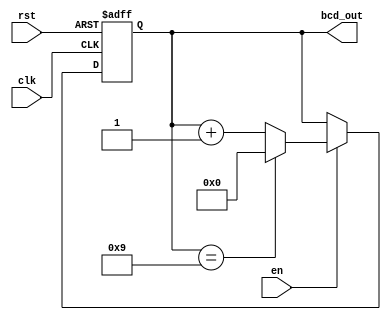
module bcd_counter (
    input wire clk,        // Clock signal
    input wire rst,        // Asynchronous reset
    input wire en,         // Enable signal
    output reg [3:0] bcd_out // 4-bit BCD output
);

// BCD Counter Logic
always @(posedge clk or posedge rst) begin
    if (rst) begin
        // Asynchronous reset
        bcd_out <= 4'b0000;
    end else if (en) begin
        // Increment logic
        if (bcd_out == 4'b1001) begin
            // Reset to 0 if counter reaches 9
            bcd_out <= 4'b0000;
        end else begin
            // Increment counter
            bcd_out <= bcd_out + 1;
        end
    end
end

endmodule